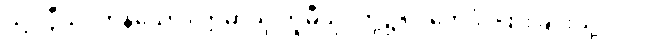
သို့။ ဒွီသု၊ ကုန်သော။ ဣမာသု ဘူမီသု၊ တို့၌။ ပဘေဒံ၊ ပြားခြင်းသို့။ ဝါ၊